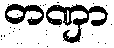
တဏှာ